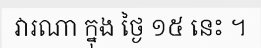
វារណា ក្នុង ថ្ងៃ ១៥ នេះ ។